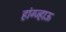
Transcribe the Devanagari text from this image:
हांग्ज्हाऊ